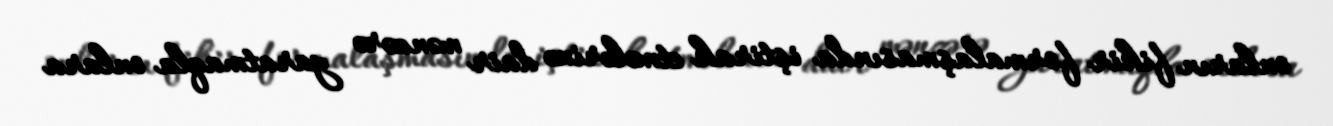
onların fikir formalaşmasında iştirak etmələrinə dair mənzərə yaratmaqla onlara